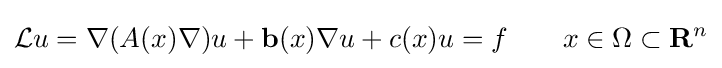
{\mathcal {L}}u=\nabla (A(x)\nabla )u+\mathbf {b} (x)\nabla u+c(x)u=f\qquad x\in \Omega \subset \mathbf {R} ^{n}